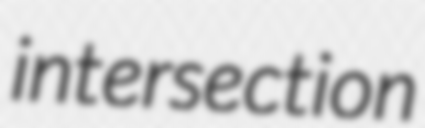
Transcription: intersection